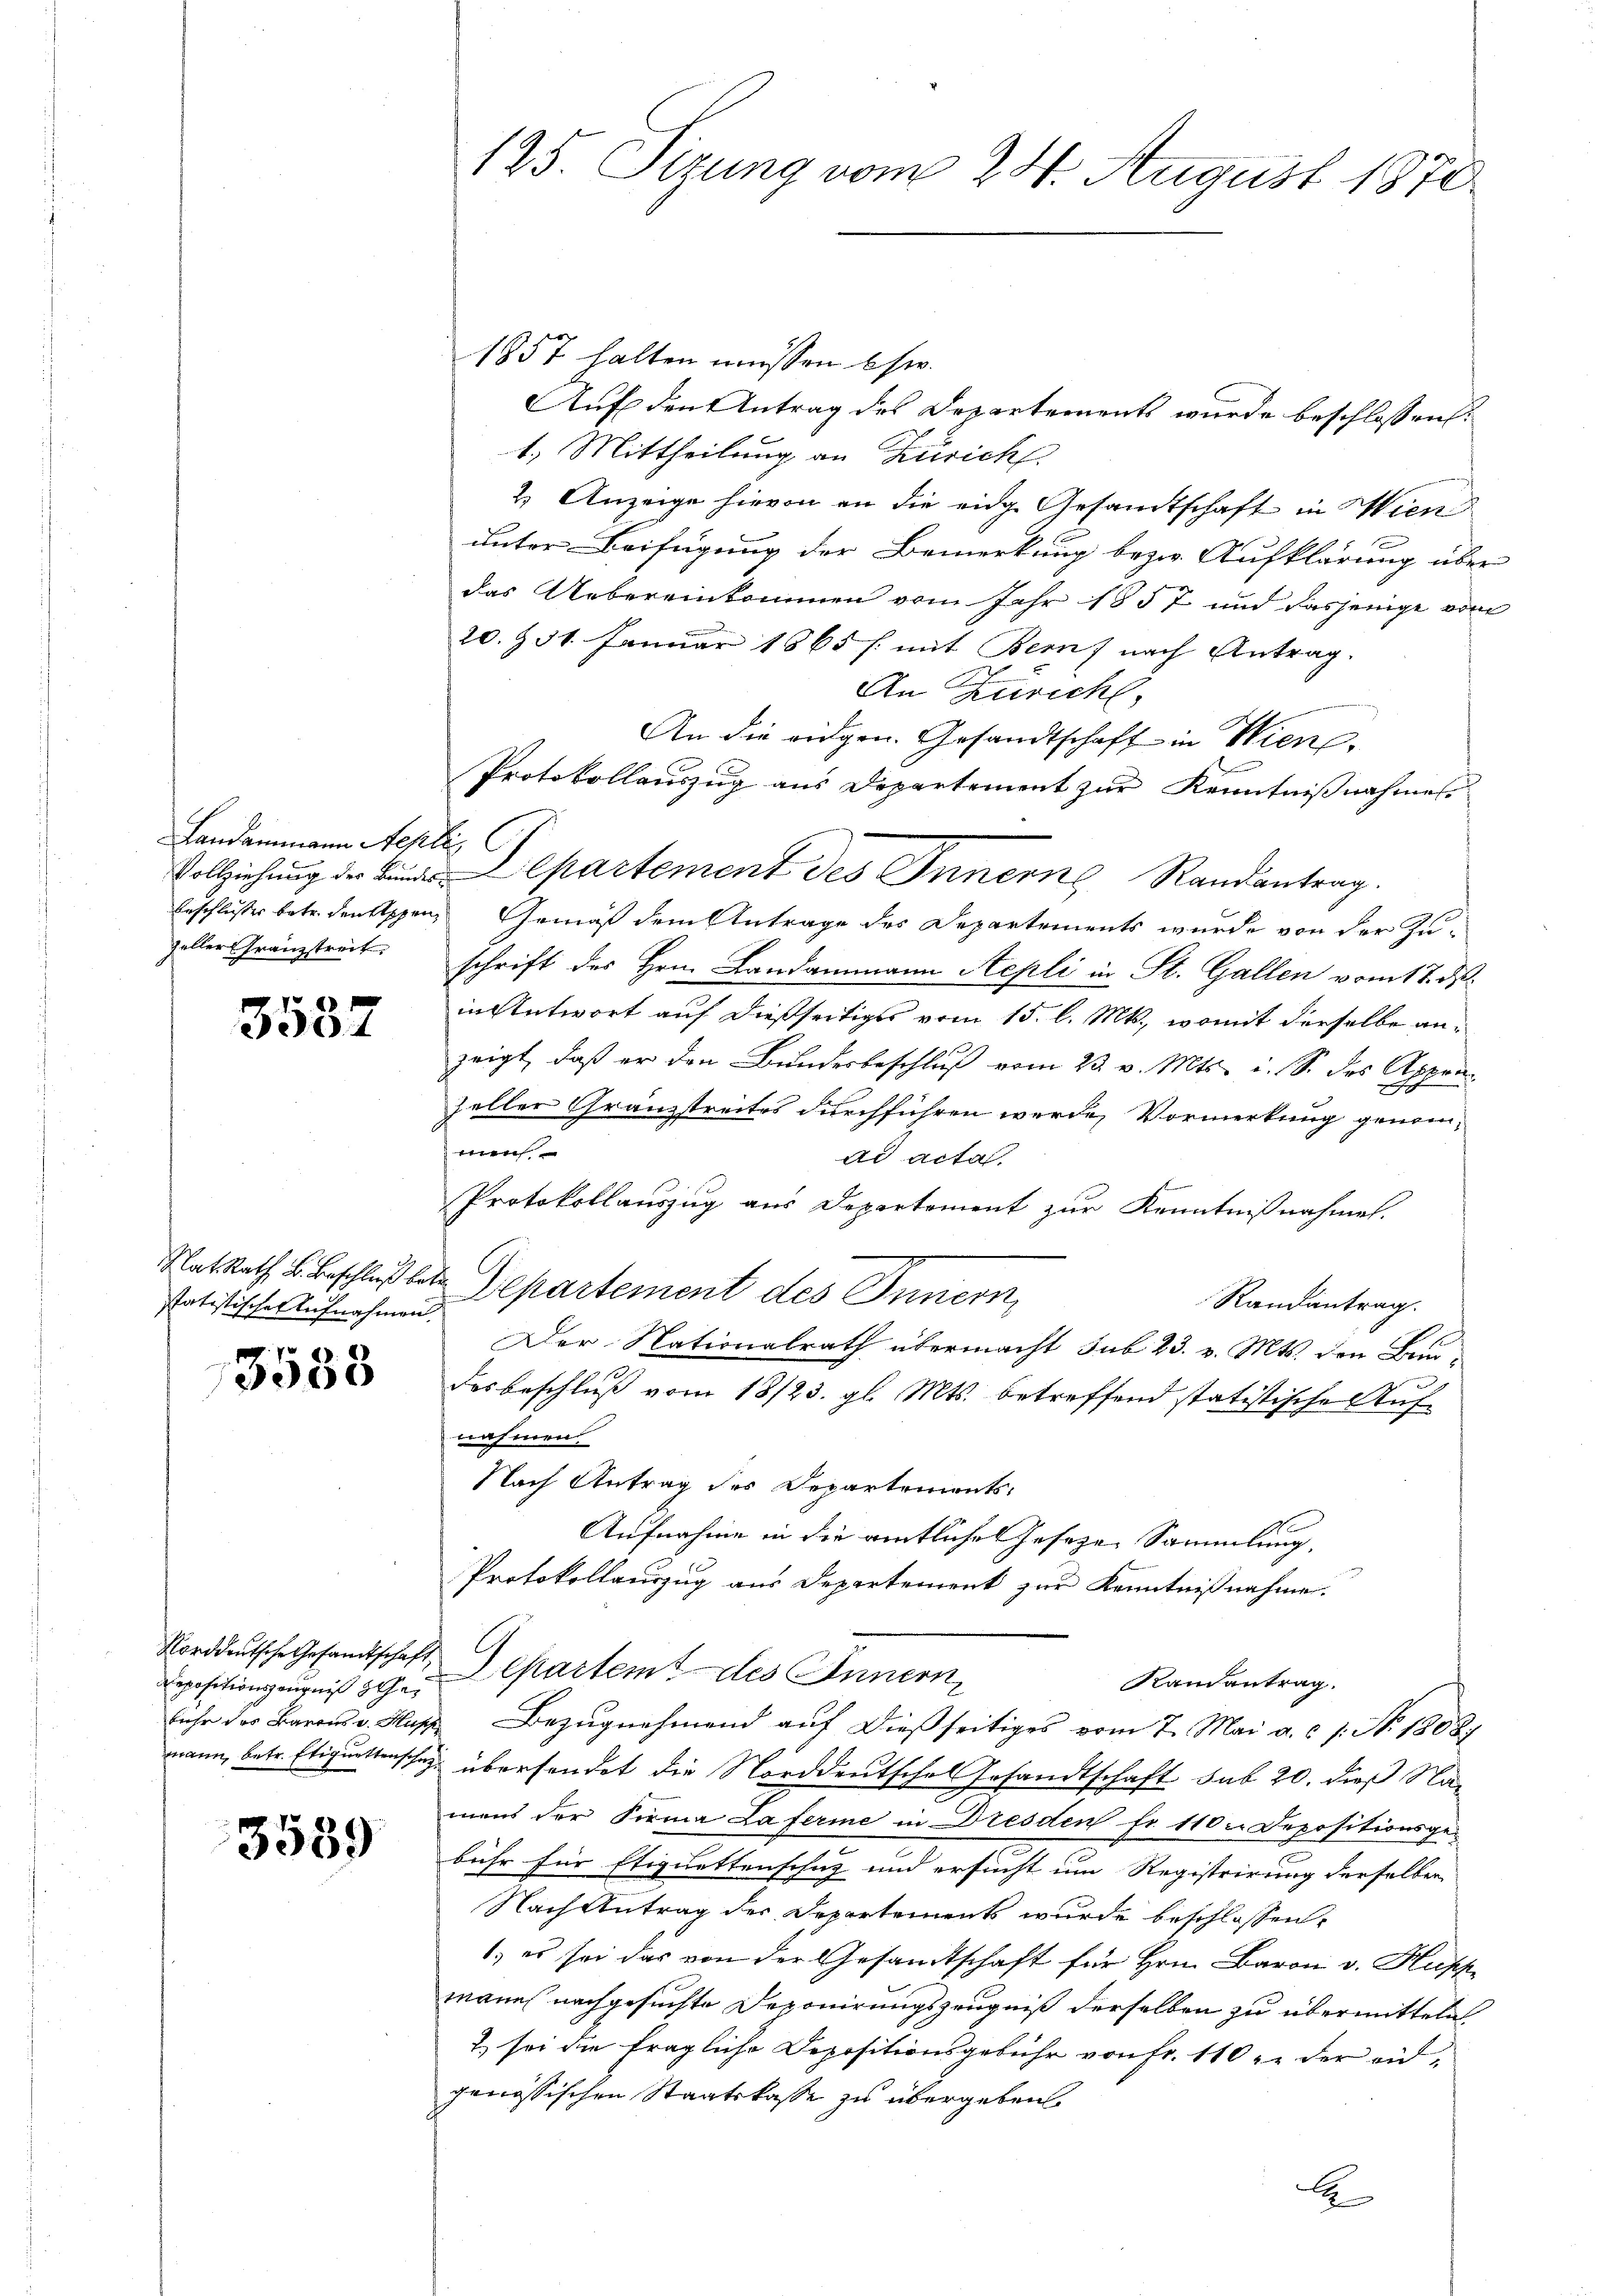
Landammann Aepli

3537

statistische Aufnahmen.

3005

Depositionszeugniß gehen

3539

125. Sizung vom 24. August 1870

1857 halten müssen usw.
Auf den Antrag des Departements wurde beschlossen:
1.) Mittheilung an Zürich.
2. Anzeige hievon an die eidg. Gesandtschaft in Wien
unter Beifügung der Bemerkung bezw. Aufklärung über
das Uebereinkommen vom Jahr 1857 und dasjenige vom
20. § 31. Januar 1865 f. mit Bern nach Antrag.
An Zürich,
gemeinung
An die eidgen. Gesandtschaft in Wien,
b
Protokollauszug aus Departement zur Kenntnißnahmes.
Vollziehung der Linde Departement des Innern Randantrag.
Beschlusses betr. denkeppen Gemäß dem Antrage des Departements wurde von der Zuzeller Gränztreit. Schrift des Hrn. Landammann Repli in St. Gallen vom 17. d.
in Antwort auf dießseitiges vom 15. l. Mts., womit derselbe anzeigt, daß er den Bundesbeschlŭβ vom 23. v. Mts. i. S. des Appen
zeller Gränzstreites durchführen werde, Vormerkung genommen
ad acta
Protokollauszug aus Departement zur Kenntnißnahmen.
7
RatRath B. Beschluß betr. Departement des Innern,
Randantrag.
Der Nationalrath übermacht sub 23. v. Mts. den Baudesbeschluß vom 18/23. gl. Mts. betreffend statistische Auf-
nahmen
Nach Antrag des Departements-
Aufnahme in die amtliches Geseze Sammlung,
Protokollauszug aus Departement zur Kenntnißnahme.
C
Norddeutsche Gesandtschaft epartemt des Innern,
Randantrag.
fuhr der Baron v. Hus Bezugnehmend auf dießseitiges vom 7. Mai a. c. s. N. 18087
wann, betr. Etiquettenschaz übersendet die Norddeutschel Gesandtschaft sub 20. dieß Namens der Firma Laferme in Dresden fr. 110 u. Depositionsge-
bühr für Etiquettenschaz und ersucht um Registrirung derselben
Nach Antrag der Departements wurde beschlossen:
1) es sei das von der Gesamtschaft für Hrn. Baron v. Huss
mann nachgesuchte Deponirungszeugniß derselben zu übermitteln
2) sei die fragliche Depositionsgebühr von Fr. 110 zu der endgenössischen Staatskasse zu übergeben.
E